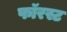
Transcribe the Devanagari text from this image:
फॉरस्ट